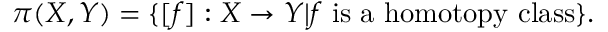
\pi ( X , Y ) = \{ [ f ] : X \to Y | f { \mathrm { ~ i s ~ a ~ h o m o t o p y ~ c l a s s } } \} .